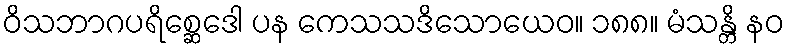
ဝိသဘာဂပရိစ္ဆေဒေါ ပန ကေသသဒိသောယေဝ။ ၁၈၈။ မံသန္တိ နဝ